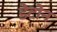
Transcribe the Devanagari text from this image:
डेटोन